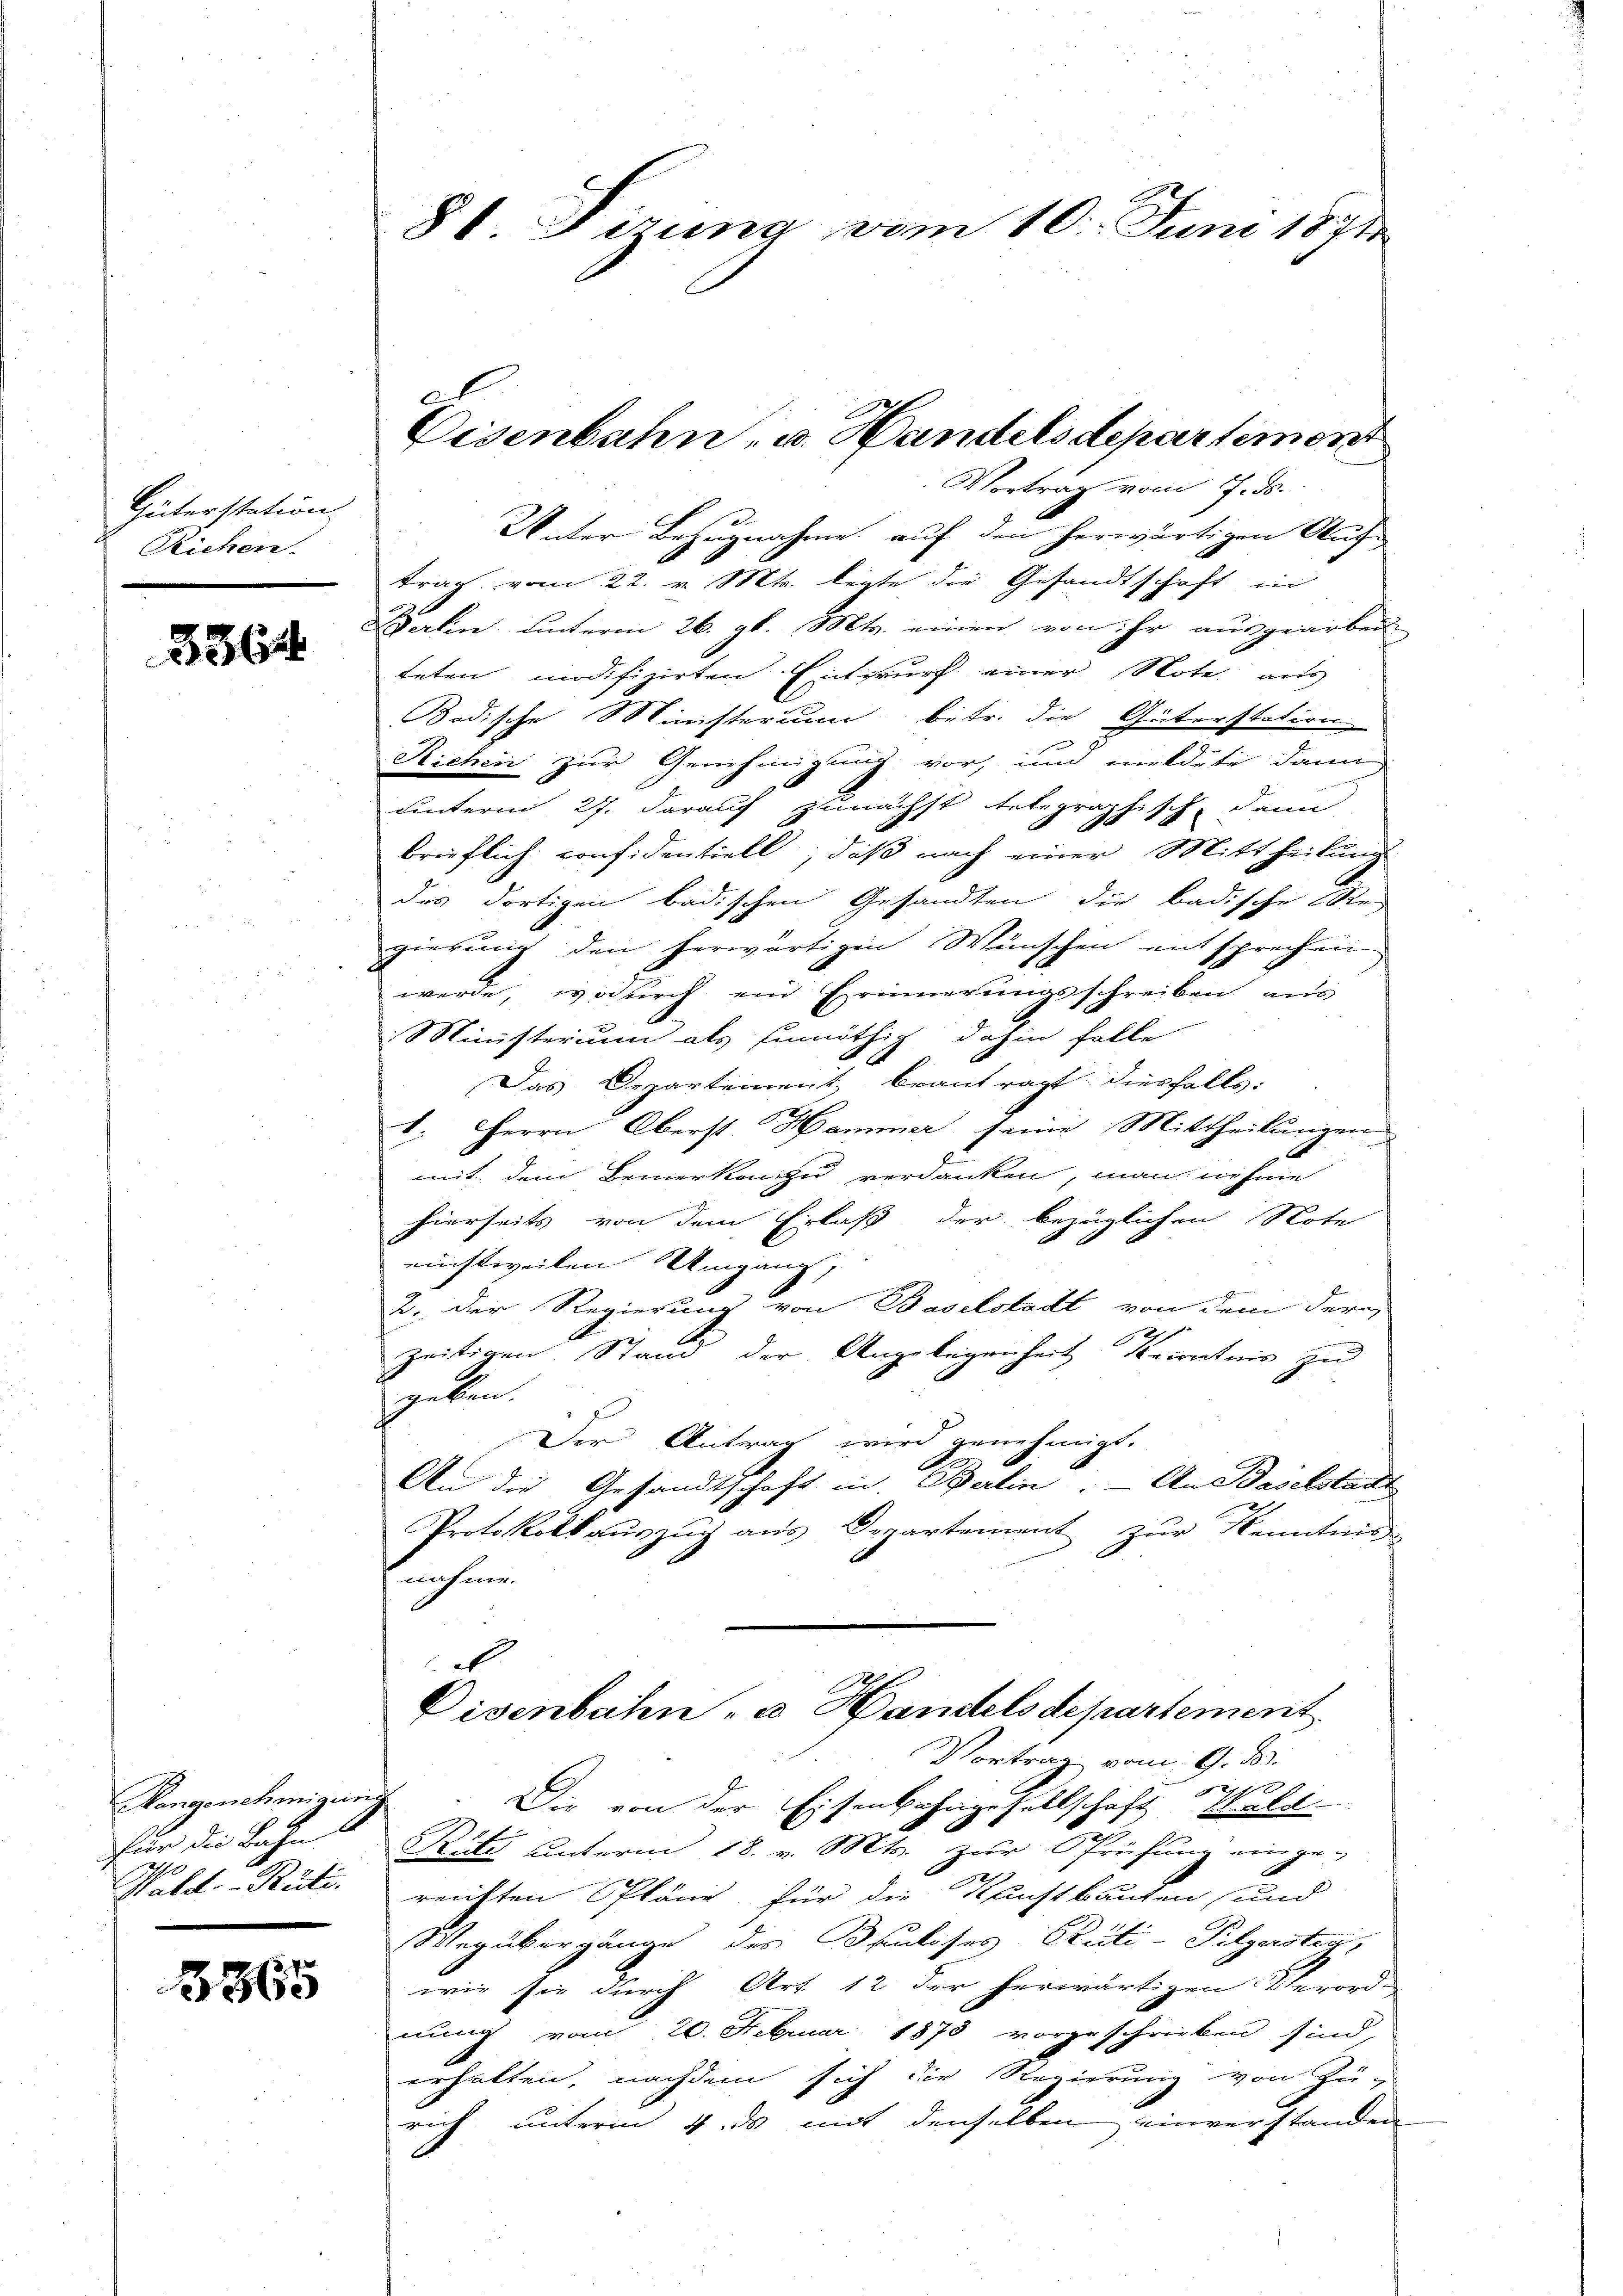
Güterstation
Richen.

3364

für die Bahn
Wald–Rüti.

865

Disenbahn- u. Handelsdepartement

Vortrag vom 7. ds.
Unter Bezugnahme auf den herwärtigen Auf-
trag vom 22. v. Mts. legte die Gesandtschaft in
Ferken unterm 26. gl. Mts. einen von ihr ausgearben
teten modifizirten Entwurf einer Note aus
Badische Ministerium betr. die Güterstation
Richen zur Genehmigung vor, und mildete dann
uunterm 27. darauf zunächst telegraphisch, dann
brieflich confidentiell, daß nach einer Mittheilung
des dortigen badischen Gesandten die badische Reg
gierung den herwärtigen Wünschen entsprechen
werde, wodurch ein Erinnerungsschreiben aus
Ministerium als Einöthig dahin folle
6
Das Departement beantragt: diesfalls:
1. Herrn Oberst Hammer seine Mittheilungen
mit dem Bemerken zu verdanken, man nehme
hierseits von dem Erlaß der bezüglichen Note
einstweilen Umgang,
2. Der Regierung von Baselstadt von dem der
e
.
zeitigen Stand der Angelegenheit kenntnis zu
peten
r
Der Antrag wird genehmigt.
An die Gesandtschaft in Berlin. - An Baselstadt
Protokoll aŭszŭg aŭs Departement zŭr Kenntnis
nahme.
e
Disenbahn- u. Handels departement
Vortrag vom 9. d.
0
Hangenehmigung. Die von der Eisenbahngesellschaft Wald
Rüti unterm 18. v. Mts. zur Prüfung einge-
reichten Pläne für die Krachtbauten (und
Wegübergänge des Bauloses Rüti-Pilgersteg,
wie sie durch Art. 12 der herwärtigen Verord-
nung vom 20. Februar 1873 vorgeschrieben sind,
erhalten, nachdem sich die Regierung von Zu-
rich unterm 4. ds mit denselben einverstanden

81. Deung vom 10. Juni 1871